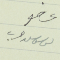
عضو يوسف سعد حرب